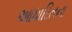
આધારિતના